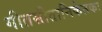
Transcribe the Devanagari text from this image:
गीतसीतानिकेतकः